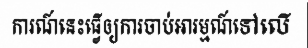
ការណ៍នេះធ្វើឲ្យការចាប់អារម្មណ៍ទៅលើ